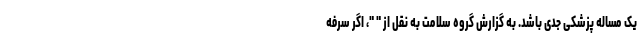
یک مساله پزشکی جدی باشد. به گزارش گروه سلامت به نقل از " "، اگر سرفه